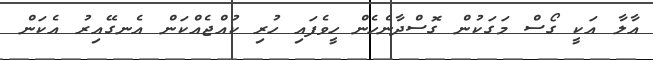
އާލާ އަކީ ގޯސް މަގަކުން ގޮސްދާނެހެން ހީވެފައި ހުރި ކުއްޖެއްކަން އެނގޭއިރު އެކަން